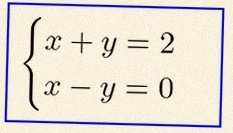
\begin{cases}x+y=2\\x-y=0\end{cases}